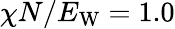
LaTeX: \chi N/E_{\mathrm{W}}=1.0